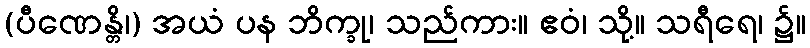
(ပီဏေန္တိ၊) အယံ ပန ဘိက္ခု၊ သည်ကား။ ဧဝံ၊ သို့။ သရီရေ၊ ၌။